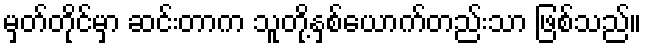
မှတ်တိုင်မှာ ဆင်းတာက သူတို့နှစ်ယောက်တည်းသာ ဖြစ်သည်။